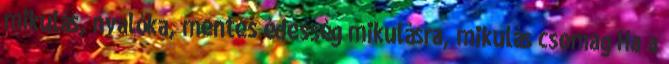
mikulás, nyalóka, mentes édesség mikulásra, mikulás csomag Ha a